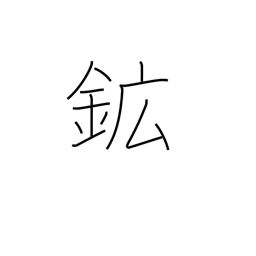
Meaning: ore